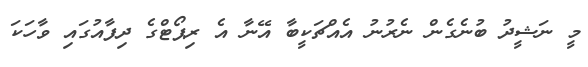
މީ ނަޝީދު ބުނެގެން ނެރުނު އެއްޗަކީބާ އޭނާ އެ ރިޕޯޓްގެ ދިފާއުގައި ވާހަކަ